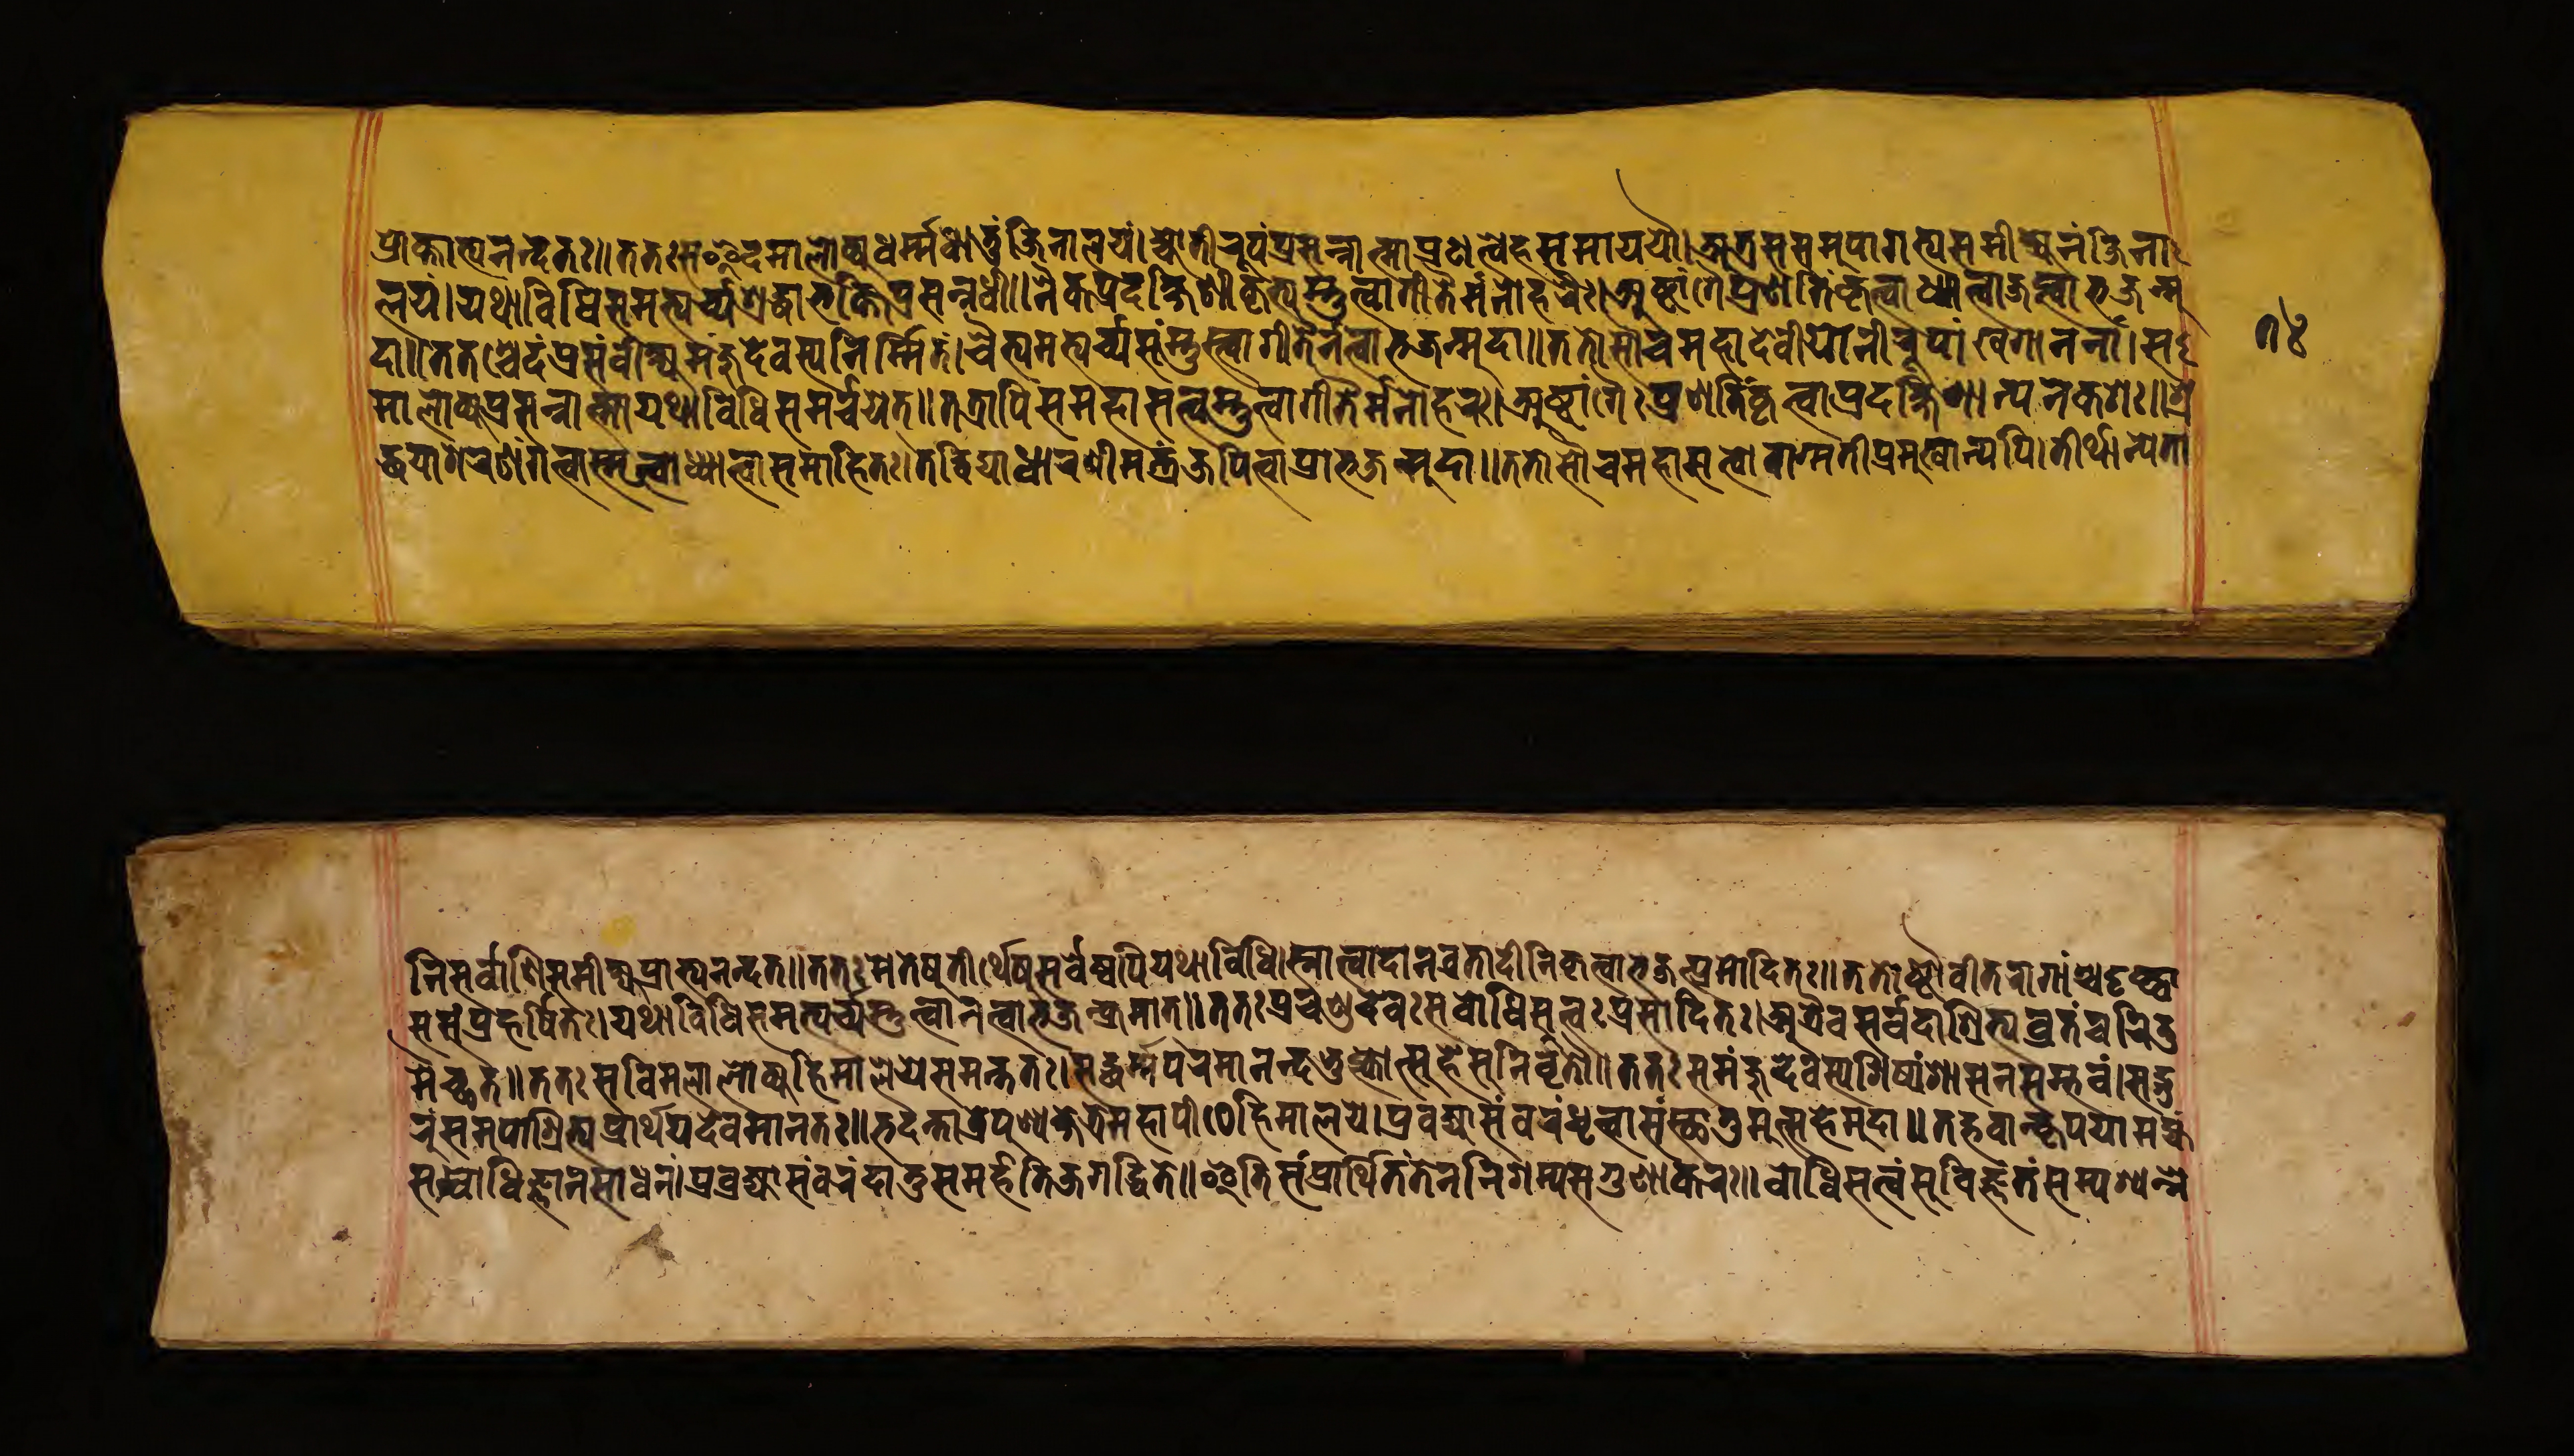
𑐥𑑂𑐬𑑀𑐎𑑂𑐟𑐵𑐨𑑂𑐫𑐣𑐣𑑂𑐡𑐟𑑌𑐟𑐟𑑀𑑅𑐳𑐿𑐡𑐩𑐵𑐮𑐾𑐡𑑂𑐧𑐸𑐡𑑂𑐢𑐬𑑂𑐩𑑂𑐩𑐢𑐵𑐟𑐸𑑄𑐖𑐶𑐣𑐵𑐮𑐫𑑄𑑋𑐖𑑂𑐫𑑀𑐟𑐶𑐬𑐹𑐥𑑂𑐫𑑄𑐥𑑂𑐬𑐳𑐣𑑂𑐣𑐵𑐟𑑂𑐩𑐵𑐥𑑂𑐬𑐞𑐟𑑂𑐰𑐿𑐴𑐳𑐩𑐵𑐫𑐫𑑁𑑋𑐀𑐟𑑂𑐬𑐳𑐳𑐩𑐸𑐥𑐵𑐐𑐟𑑂𑐫𑐳𑑄𑐩𑐶𑐎𑑂𑐲𑑂𑐫𑐾𑐣𑑄𑐖𑐶𑐣𑐵 𑐮𑐫𑑄𑑋𑐫𑐠𑐵𑐰𑐶𑐢𑐶𑐳𑐩𑐨𑑂𑐫𑐬𑑂𑐔𑑂𑐫𑐱𑑂𑐬𑐡𑑂𑐢𑐵𑐨𑐎𑑂𑐟𑐶𑐥𑑂𑐬𑐳𑐣𑑂𑐣𑐢𑐷𑑅𑑋𑐣𑐿𑐎𑐥𑑂𑐬𑐡𑐎𑑂𑐲𑐶𑐞𑐷𑐎𑐺𑐟𑑂𑐫𑐳𑑂𑐟𑐸𑐟𑑂𑐰𑐵𑐐𑐷𑐟𑐿𑐬𑑂𑐩𑐣𑑀𑐴𑐬𑐿𑑅𑑋𑐀𑐲𑑂𑐚𑐵𑑄𑐐𑐿𑐥𑑂𑐬𑐞𑐟𑐶𑑄𑐎𑐺𑐟𑑂𑐰𑐵𑐢𑑂𑐫𑐵𑐟𑑂𑐰𑐵𑐖𑐥𑑂𑐟𑑂𑐰𑐵𑐨𑐖𑐣𑑂𑐩𑐸 𑐩𑐵𑐮𑑀𑐎𑑂𑐫𑐥𑑂𑐬𑐳𑐣𑑂𑐣𑐵𑐟𑑂𑐩𑐵𑐫𑐠𑐵𑐰𑐶𑐢𑐶𑐳𑐩𑐬𑑂𑐔𑑂𑐔𑐫𑐾𑐟𑑂𑑌𑐟𑐟𑑂𑐬𑐵𑐥𑐶𑐳𑐩𑐴𑐵𑐳𑐟𑑂𑐟𑑂𑐰𑐳𑑂𑐟𑐸𑐟𑑂𑐰𑐵𑐐𑐷𑐟𑐿𑐬𑑂𑐩𑐣𑑀𑐴𑐬𑑅𑑋𑐀𑐲𑑂𑐚𑐵𑐒𑑂𑐐𑐿𑑅𑐥𑑂𑐬𑐞𑐟𑐶𑑄𑐎𑐺𑐟𑑂𑐰𑐵𑐥𑑂𑐬𑐡𑐎𑑂𑐲𑐶𑐞𑐵𑐟𑑂𑐫𑐣𑐾𑐎𑐱𑑅𑑌𑐱𑑂𑐬 𑐡𑑂𑐢𑐫𑐵𑐱𑐬𑐞𑑄𑐐𑐟𑑂𑐰𑐵𑐳𑑂𑐩𑐺𑐟𑑂𑐰𑐵𑐢𑑂𑐫𑐵𑐟𑑂𑐰𑐵𑐳𑐩𑐵𑐴𑐶𑐟𑑅𑑋𑐟𑐡𑑂𑐰𑐶𑐡𑑂𑐫𑐵𑐢𑐵𑐬𑐞𑐷𑐩𑐣𑑂𑐟𑑂𑐬𑑄𑐖𑐥𑐶𑐟𑑂𑐰𑐵𑐥𑑂𑐬𑐵𑐨𑑂𑐫𑐣𑐣𑑂𑐡𑐟𑑌𑐟𑐟𑑀𑐳𑑁𑐔𑐩𑐴𑐵𑐳𑐟𑑂𑐟𑑂𑐰𑑀𑐰𑐵𑐐𑑂𑐩𑐟𑐷𑐥𑑂𑐬𑐩𑐸𑐏𑐵𑐣𑑂𑐫𑐥𑐶𑑋𑐟𑐷𑐬𑑂𑐠𑐵𑐣𑑂𑐫𑐾𑐟𑐵 𑐣𑐶𑐳𑐬𑑂𑐰𑐵𑐞𑐶𑐳𑐳𑐩𑐷𑐎𑑂𑐲𑑂𑐫𑐥𑑂𑐬𑐵𑐨𑑂𑐫𑐣𑐣𑑂𑐡𑐟𑑌𑐟𑐟𑐳𑐟𑐾𑐲𑐸𑐟𑐷𑐬𑑂𑐠𑐾𑐲𑐸𑐳𑐬𑑂𑐰𑐾𑐲𑑂𑐰𑐥𑐶𑐫𑐠𑐵𑐰𑐶𑐢𑐶𑑋𑐳𑑂𑐣𑐵𑐟𑑂𑐰𑐵𑐡𑐵𑐣𑐰𑑂𑐬𑐟𑐵𑐡𑐷𑐣𑐶𑐎𑐺𑐟𑑂𑐰𑐵𑐨𑐖𑐣𑑂𑐥𑑂𑐬𑐩𑑀𑐡𑐶𑐟𑑅𑑌𑐟𑐟𑑀𑐲𑑂𑐚𑑁𑐰𑐷𑐟𑐬𑐵𑐐𑐵𑑄𑐱𑑂𑐔𑐡𑐺𑐲𑑂𑐚𑑂𑐰𑐵 𑐳𑐳𑑄𑐥𑑂𑐬𑐴𑐬𑑂𑐲𑐶𑐟𑑅𑑋𑐫𑐠𑐵𑐰𑐶𑐢𑐶𑐳𑐩𑐨𑑂𑐫𑐬𑑂𑐔𑑂𑐫𑐳𑑂𑐟𑐸𑐟𑑂𑐰𑐵𑐣𑐟𑑂𑐰𑐵𑐨𑐖𑐣𑑂𑐎𑑂𑐬𑐩𑐵𑐟𑑂𑑌𑐟𑐟𑑅𑐥𑑂𑐬𑐔𑐞𑑂𑐜𑐡𑐾𑐰𑑅𑐳𑐧𑑀𑐢𑐶𑐳𑐟𑑂𑐟𑑂𑐰𑑅𑐥𑑂𑐬𑐳𑐵𑐡𑐶𑐟𑑅𑑋𑐀𑐟𑑂𑐬𑐿𑐰𑐳𑐬𑑂𑐰𑐡𑐵𑐱𑑂𑐬𑐶𑐟𑑂𑐫𑐰𑑂𑐬𑐟𑑄𑐔𑐬𑐶𑐟𑐸 𑐬𑐸𑑄𑐳𑐩𑐸𑐥𑐵𑐱𑑂𑐬𑐶𑐟𑑂𑐫𑐥𑑂𑐬𑐵𑐬𑑂𑐠𑐫𑐡𑐾𑐰𑐩𑐵𑐣𑐟𑑅𑑌𑐨𑐡𑐣𑑂𑐟𑐵𑐟𑑂𑐬𑐥𑐸𑐞𑑂𑐫𑐎𑑂𑐲𑐾𑐟𑑂𑐬𑐾𑐩𑐴𑐵𑐥𑐷𑐛𑐾𑐴𑐶𑐩𑐵𑐮𑐫𑐾𑑋𑐥𑑂𑐬𑐧𑑂𑐬𑐖𑑂𑐫𑐵𑐳𑐩𑑂𑐧𑐬𑑄𑐢𑐺𑐟𑑂𑐰𑐵𑐳𑑄𑐳𑑂𑐠𑐵𑐟𑐸𑐩𑐸𑐟𑑂𑐳𑐴𑐾𑐳𑐡𑐵𑑌𑐟𑐡𑑂𑐨𑐰𑐵𑐣𑑂𑐎𑐺𑐥𑐫𑐵𑐩𑐴𑑂𑐫𑑄 𑐡𑐵𑑌𑐟𑐟𑐱𑑂𑐔𑐾𑐡𑑄𑐳𑐳𑑄𑐰𑐷𑐎𑑂𑐲𑑂𑐫𑐩𑐘𑑂𑐖𑐸𑐡𑐾𑐰𑐳𑑂𑐫𑐣𑐶𑐬𑑂𑐩𑑂𑐩𑐶𑐟𑑄𑑋𑐔𑐿𑐟𑑂𑐫𑐩𑐨𑑂𑐫𑐬𑑂𑐔𑑂𑐫𑐳𑑄𑐳𑑂𑐟𑐸𑐟𑑂𑐰𑐵𑐐𑐷𑐟𑐿𑐬𑑂𑐣𑐟𑑂𑐰𑐵𑐨𑐖𑐣𑑂𑐩𑐸𑐡𑐵𑑌𑐟𑐟𑑀𑐳𑑁𑐔𑐩𑐴𑐵𑐡𑐾𑐰𑐷𑐫𑑀𑐣𑐶𑐬𑐹𑐥𑐵𑑄𑐏𑐐𑐵𑐣𑐣𑐵𑑄𑑋𑐳 𑐩𑐿𑐔𑑂𑐕𑐟𑑌𑐟𑐟𑑅𑐳𑐰𑐶𑐩𑐮𑐵𑐮𑑀𑐎𑑂𑐫𑐴𑐶𑐩𑐵𑐮𑐫𑐾𑐳𑐩𑐣𑑂𑐟𑐟𑑅𑑋𑐳𑐡𑑂𑐢𑐬𑑂𑐩𑐥𑐬𑐩𑐵𑐣𑐣𑑂𑐡𑑄𑐨𑐸𑐎𑑂𑐟𑑂𑐰𑑀𑐟𑑂𑐳𑐴𑐾𑐳𑐸𑐣𑐶𑐰𑐺𑐟𑑂𑐟𑑁𑑌𑐟𑐟𑑅𑐳𑐩𑐘𑑂𑐖𑐸𑐡𑐾𑐰𑐳𑑂𑐫𑐱𑐶𑐲𑑂𑐫𑑄𑐱𑐵𑐳𑐣𑐳𑐩𑑂𑐨𑐰𑑄𑑌𑐳𑐡𑑂𑐐𑐸 𑐳𑐩𑑂𑐧𑑀𑐢𑐶𑐖𑑂𑐘𑐵𑐣𑐳𑐵𑐢𑐣𑑄𑑋𑐥𑑂𑐬𑐧𑑂𑐬𑐖𑑂𑐫𑐵𑐳𑐩𑑂𑐰𑐬𑑄𑐡𑐵𑐟𑐸𑑄𑐳𑐩𑐬𑑂𑐴𑐟𑐶𑐖𑐐𑐡𑑂𑐢𑐶𑐟𑐾𑑌𑐂𑐟𑐶𑐳𑑄𑐥𑑂𑐬𑐵𑐬𑑂𑐠𑐶𑐟𑑄𑐟𑐾𑐣𑐣𑐶𑐱𑐩𑑂𑐫𑐳𑐐𑐸𑐞𑐵𑐎𑐬𑑅𑑌𑐧𑑀𑐢𑐶𑐳𑐟𑑂𑐟𑑂𑐰𑑄𑐳𑐸𑐰𑐶𑐖𑑂𑐘𑑄𑐟𑑄𑐳𑐩𑑂𑐥𑐱𑑂𑐫𑐣𑑂𑐣𑐾 𑑗𑑔